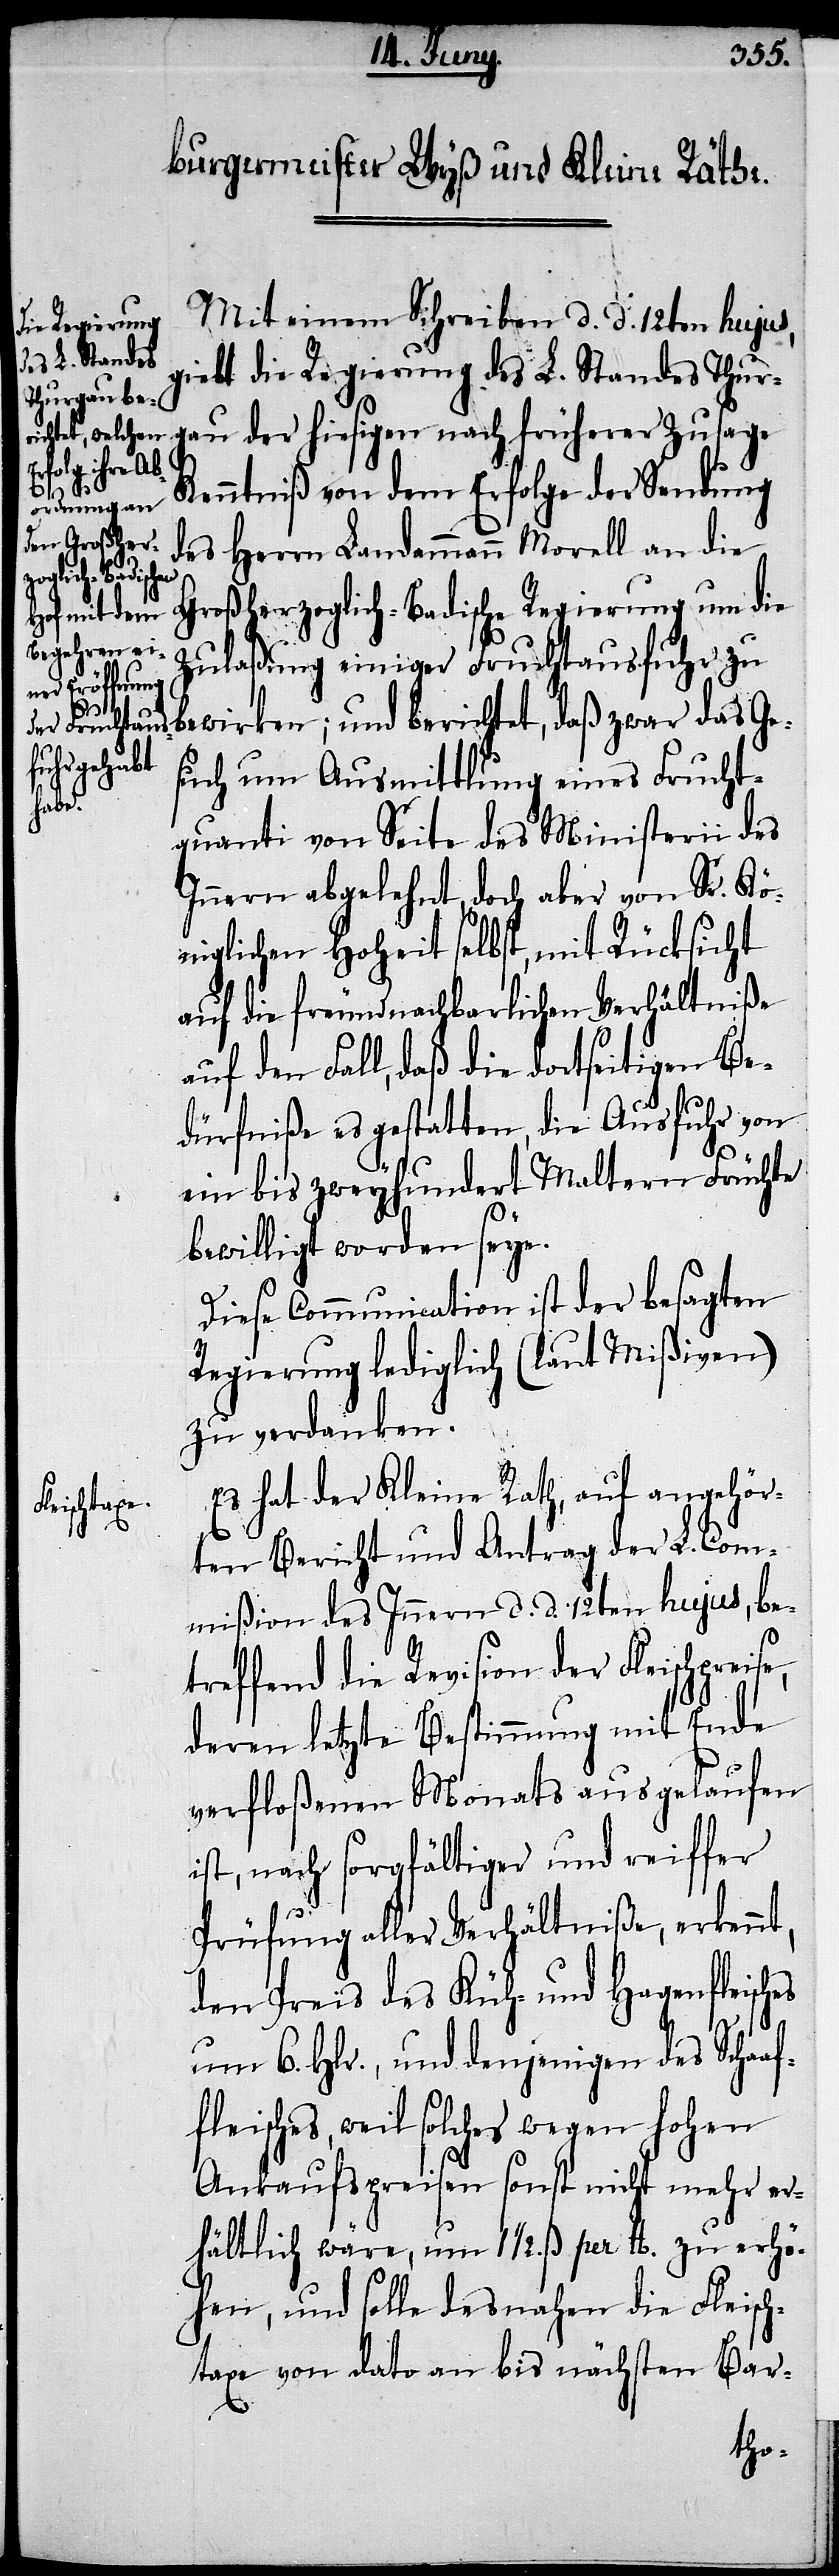
es

Mit einem Schreiben d. d. 12ten hujus,
giebt die Regierung des L. Standes Thur¬
gau der hiesigen nach früherer Zusage
Kenntniß von dem Erfolge der Sendung
des Herrn Landammann Morell an die
Großherzoglich-Badische Regierung um die
Zulaßung einiger Fruchtausfuhr zu
bewirken; und berichtet, daß zwar das Ge¬
such um Ausmittlung eines Frucht¬
quanti von Seite des Ministerii des
Innern abgelehnt, doch aber von Sr. Kö¬
niglichen Hoheit selbst, mit Rücksicht
auf die freundnachbarlichen Verhältniße
auf den Fall, daß die dortseitigen Be¬
dürfniße es gestatten, die Ausfuhr von
ein bis zweyhundert Maltern Früchte
bewilligt worden seye.
Diese Communication ist der besagten
Regierung lediglich (laut Mißiven)
zu verdanken.
Es hat der Kleine Rath, auf angehör¬
ten Bericht und Antrag der L. Com¬
mißion des Innern d. d. 12ten hujus, be¬
treffend die Revision der Fleischpreis¬
deren letzte Bestimmung mit Ende
verfloßenen Monats ausgelaufen
ist, nach sorgfältiger und reiffer
Prüfung aller Verhältniße, erkennt,
den Preis des Küh- und Hagenfleisch¬
um 6. Hlr., und denjenigen des Schaaf¬
fleisches, weil solches wegen hohen
Ankaufspreisen sonst nicht mehr er¬
hältlich wäre, um 1 1/2. ß per lb. zu erhö¬
hen, und solle desnahen die FLeisch¬
taxe von dato an bis nächsten Bar-